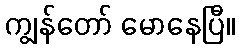
ကျွန်တော် မောနေပြီ။